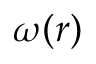
\omega ( r )